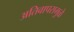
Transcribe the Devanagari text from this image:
अतिवापरामुळे